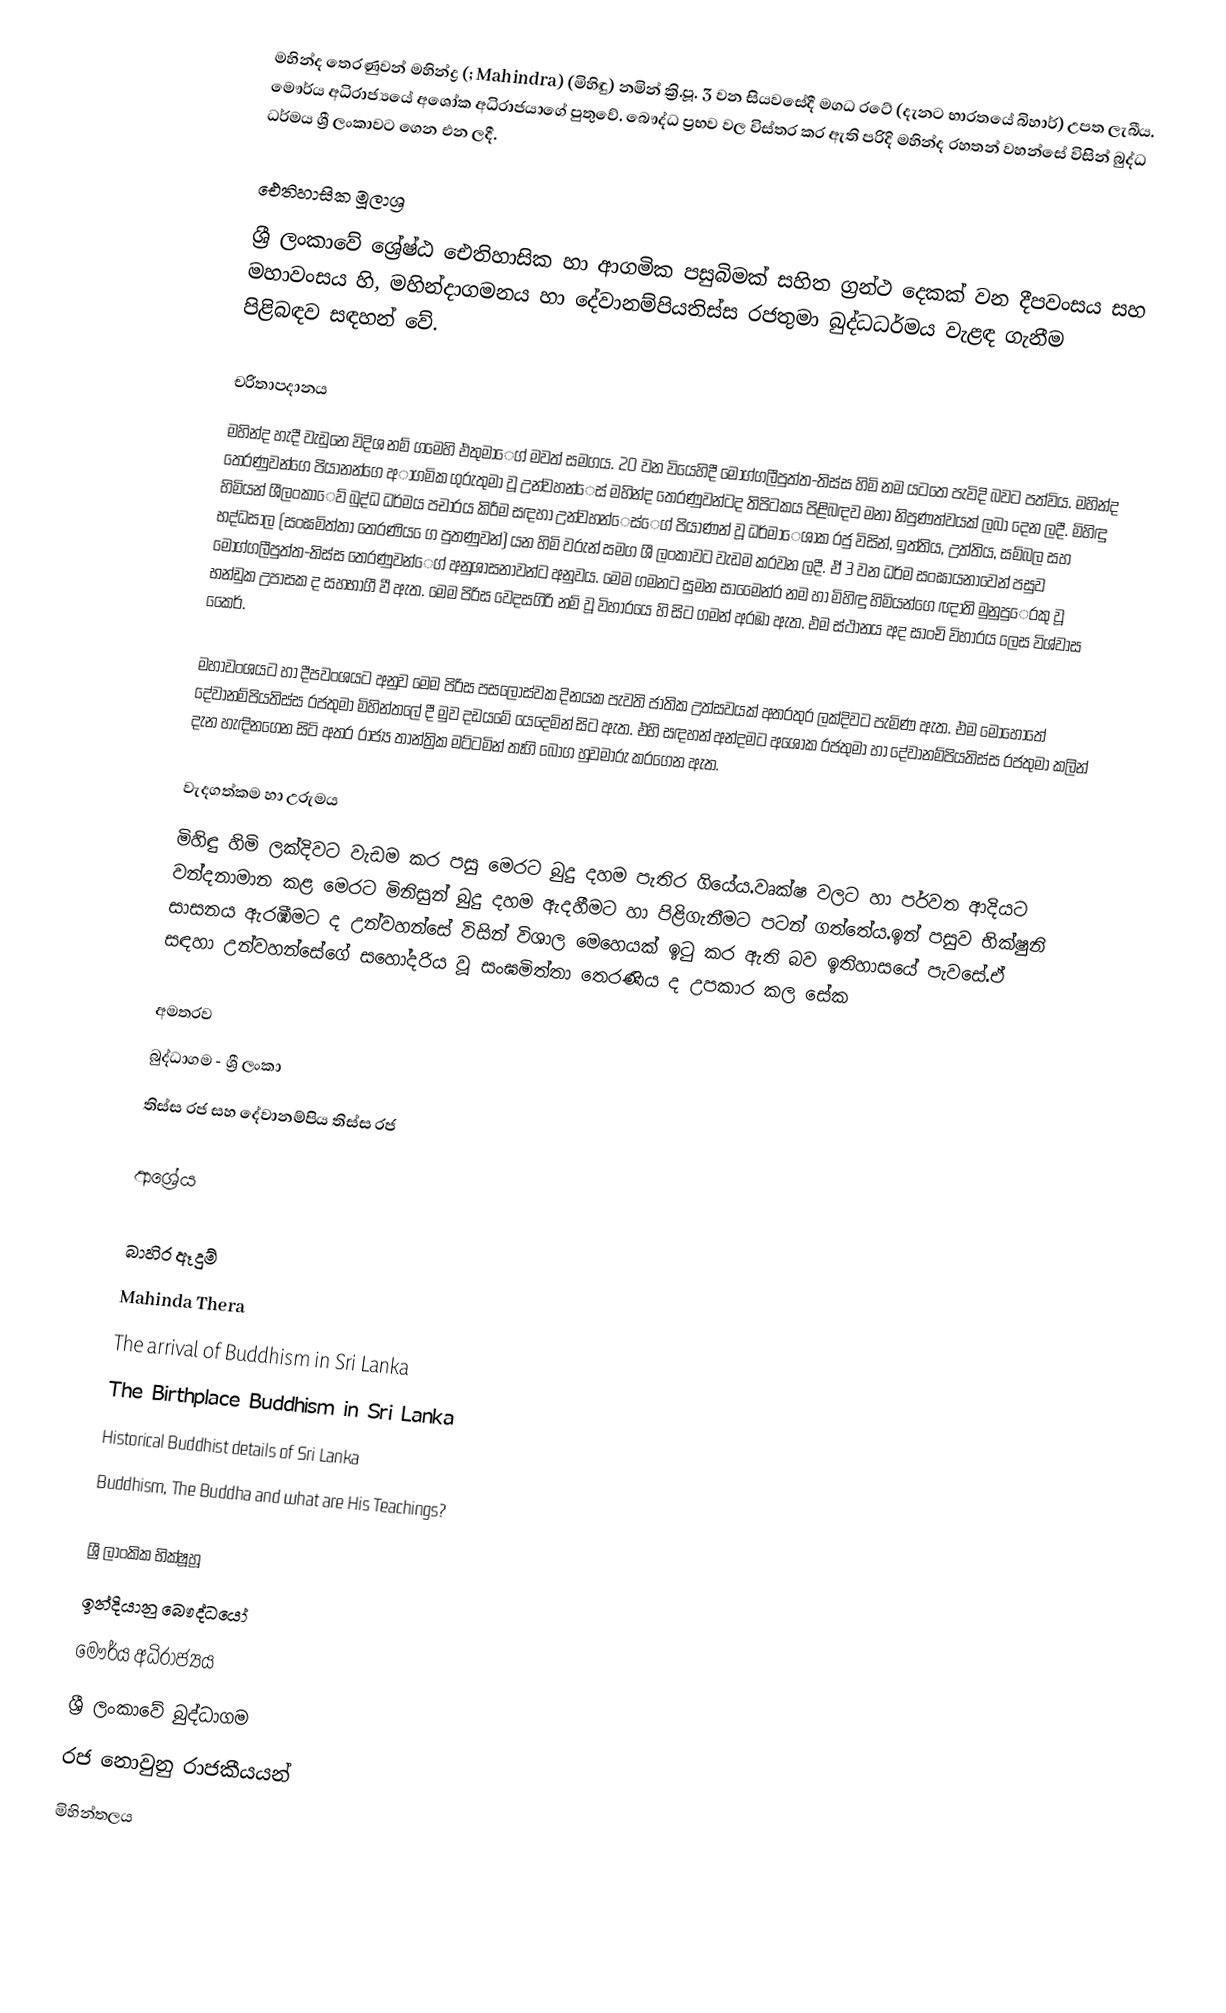
මහින්ද තෙරණුවන් මහින්ද්‍ර  (; Mahindra) (මිහිඳු) නමින් ක්‍රි.පූ. 3 වන සියවසේදී මගධ රටේ (දැනට භාරතයේ  බිහාර්) උපත ලැබීය. මෞර්ය අධිරාජ්‍යයේ අශෝක අධිරාජයාගේ පුතුවේ. බෞද්ධ ප්‍රභව වල විස්තර කර ඇති පරිදි මහින්ද රහතන් වහන්සේ විසින් බුද්ධ ධර්මය ශ්‍රී ලංකාවට ගෙන එන ලදී.

ඓතිහාසික මූලාශ්‍ර
ශ්‍රී ලංකාවේ ශ්‍රේෂ්ඨ ඓතිහාසික හා ආගමික පසුබිමක් සහිත ග්‍රන්ථ දෙකක් වන දීපවංසය සහ මහාවංසය හි, මහින්දාගමනය හා දේවානම්පියතිස්ස රජතුමා බුද්ධධර්මය වැළඳ ගැනීම පිළිබඳව සඳහන් වේ.

චරිතාපදානය
මහින්ද හැදී වැඩුනෙ විදිශ නම් ගමෙහි එතුමාෙග් මවත් සමගය. 20 වන වියෙහිදී මොග්ගලීපුත්ත-තිස්ස හිමි නම යටතෙ  පැවිදි බවට පත්විය. මහින්ද තෙරණුවන්ගෙ පියානන්ගෙ අාගමික ගුරුතුමා වූ උන්වහන්ෙස් මහින්ද තෙරණුවන්ටද තිපිටකය පිළිබඳව මනා නිපුණත්වයක් ලබා දෙන ලදී. මිහිඳු හිමියන් ශීලංකාෙව් බුද්ධ ධර්මය පචාරය කිරීම සඳහා උන්වහන්ෙස්ෙග් පියාණන් වූ ධර්මාෙශා්ක රජු විසින්, ඉත්තිය, උත්තිය, සම්බල සහ භද්ධසාල (සංඝමිත්තා තෙරණිය ෙග පුතණුවන්) යන හිමි වරුන් සමග ශී ලංකාවට වැඩම කරවන ලදී. ඒ 3 වන ධර්ම සංඝායනාවෙන් පසුව මොග්ගලීපුත්ත-තිස්ස තෙරණුවන්ෙග් අනුශාසනාවන්ට අනුවය. මෙම ගමනට සුමන සාමෙෙන්ර නම හා මිහිඳු හිමියන්ගෙ ඥාති මුනුපුෙරකු වූ භන්ඩුක උපාසක ද සහභාගී වී ඇත. මෙම පිරිස වෙදසගිරි නම් වූ විහාරයෙ හි සිට ගමන් අරඹා ඇත. එම ස්ථානය අද සාංචි විහාරය ලෙස විශ්වාස කෙෙර්.

මහාවංශයට හා දීපවංශයට අනුව මෙම පිරිස පසලොස්වක දිනයක පැවති ජාතික උත්සවයක් අතරතුර  ලක්දිවට පැමිණ ඇත. එම මොහොතේ දේවානම්පියතිස්ස රජතුමා මිහින්තලේ දී මුව දඩයමේ යෙදෙමින් සිට ඇත.   එහි සඳහන් අන්දමට අශෝක රජතුමා හා දේවානම්පියතිස්ස රජතුමා කලින් දැන හැඳිනගෙන සිටි අතර රාජ්‍ය තාන්ත්‍රික මට්ටමින් තෑගි බෝග හුවමාරු කරගෙන ඇත.

වැදගත්කම හා උරුමය
මිහිඳු හිමි ලක්දිවට වැඩම කර පසු මෙරට බුදු දහම පැතිර ගියේය.වෘක්ෂ වලට හා පර්වත ආදියට වන්දනාමාන කළ මෙරට මිනිසුන් බුදු දහම ඇදහීමට හා පිළිගැනීමට පටන් ගත්තේය.ඉන් පසුව භික්ෂුනි සාසනය ඇරඹීමට ද උන්වහන්සේ විසින් විශාල මෙහෙයක් ඉටු කර ඇති බව ඉතිහාසයේ පැවසේ.ඒ සඳහා උන්වහන්සේගේ සහෝදරිය වූ සංඝමිත්තා තෙරණිය ද උපකාර කල සේක

අමතරව
බුද්ධාගම - ශ්‍රී ලංකා
තිස්ස රජ සහ දේවානම්පිය තිස්ස රජ

ආශ්‍රේය

බාහිර ඈදුම්
 Mahinda Thera
 The arrival of Buddhism in Sri Lanka
 The Birthplace Buddhism in Sri Lanka
 Historical Buddhist details of Sri Lanka
 Buddhism, The Buddha and what are His Teachings?

ශ්‍රී ලාංකික භික්ෂූහූ
ඉන්දියානු බෞද්ධයෝ
මෞර්ය අධිරාජ්‍යය
ශ්‍රී ලංකාවේ බුද්ධාගම
රජ නොවුනු රාජකීයයන්
මිහින්තලය